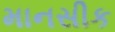
માનસીક